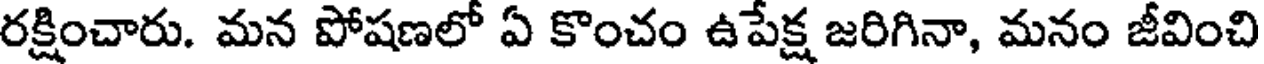
రక్షించారు. మన పోషణలో ఏ కొంచం ఉపేక్ష జరిగినా, మనం జీవించి